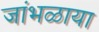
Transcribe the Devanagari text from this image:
जांभळाया